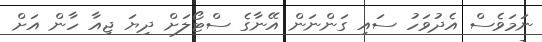
ނަމަވެސް އެދުވަހު ސައި ގަންނަން އޭނާގެ ސްޓޯލަށް ދިޔަ ޖިއާ ހާން އަށް